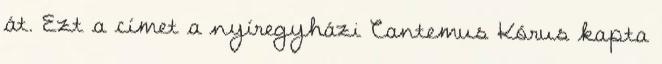
át. Ezt a címet a nyíregyházi Cantemus Kórus kapta